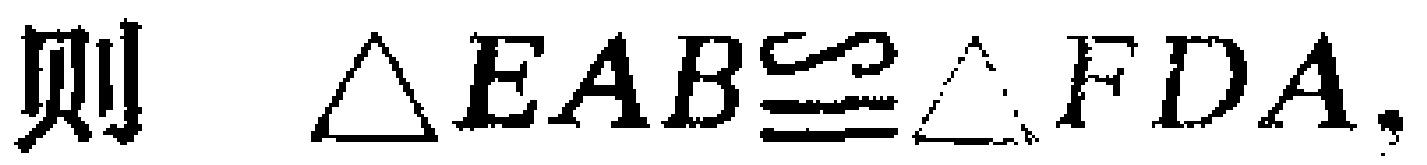
则 $\triangle EAB\cong\triangle FDA.$